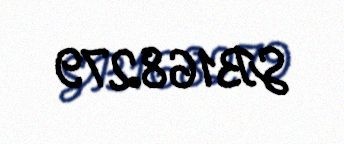
SB168279